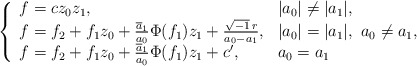
\begin{align*}\left\{\begin{array}{ll}f=cz_0z_1,& |a_0|\neq |a_1|, \\f=f_2+f_1z_0+\frac{\overline{a}_1}{a_0}\Phi(f_1)z_1+\frac{\sqrt{-1}\,r}{a_0-a_1},& |a_0|=|a_1|,\ a_0\neq a_1, \\ f=f_2+f_1z_0+\frac{\overline{a}_1}{a_0}\Phi(f_1)z_1+c',& a_0= a_1 \end{array}\right.\end{align*}